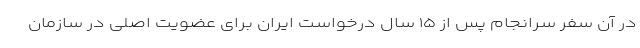
در آن سفر سرانجام پس از ۱۵ سال درخواست ایران برای عضویت اصلی در سازمان